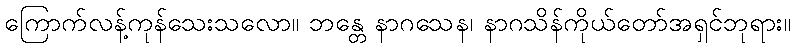
ကြောက်လန့်ကုန်သေးသလော။ ဘန္တေ နာဂသေန၊ နာဂသိန်ကိုယ်တော်အရှင်ဘုရား။